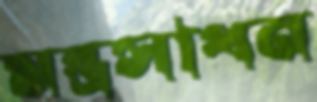
মন্ত্রসাধন